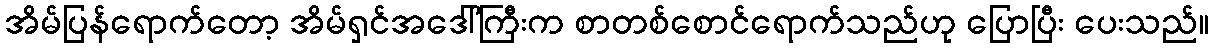
အိမ်ပြန်ရောက်တော့ အိမ်ရှင်အဒေါ်ကြီးက စာတစ်စောင်ရောက်သည်ဟု ပြောပြီး ပေးသည်။